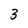
Character: 3